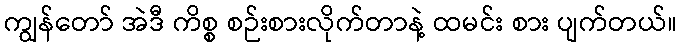
ကျွန်တော် အဲဒီ ကိစ္စ စဉ်းစားလိုက်တာနဲ့ ထမင်း စား ပျက်တယ်။